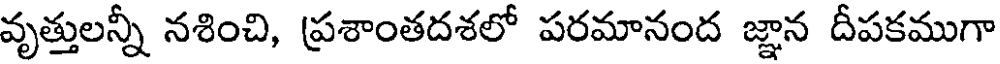
వృత్తులన్నీ నశించి, ప్రశాంతదశలో పరమానంద జ్ఞాన దీపకముగా